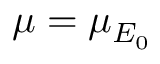
\mu = \mu _ { E _ { 0 } }